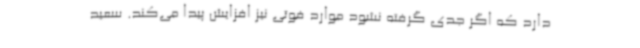
دارد که اگر جدی گرفته نشود موارد فوتی نیز افزایش پیدا می‌کند. سعید